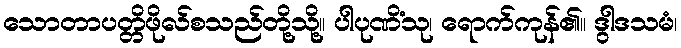
သောတာပတ္တိဖိုလ်စသည်တို့သို့။ ပါပုဏိံသု၊ ရောက်ကုန်၏။ ဒွါဒသမံ၊